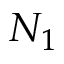
N _ { 1 }